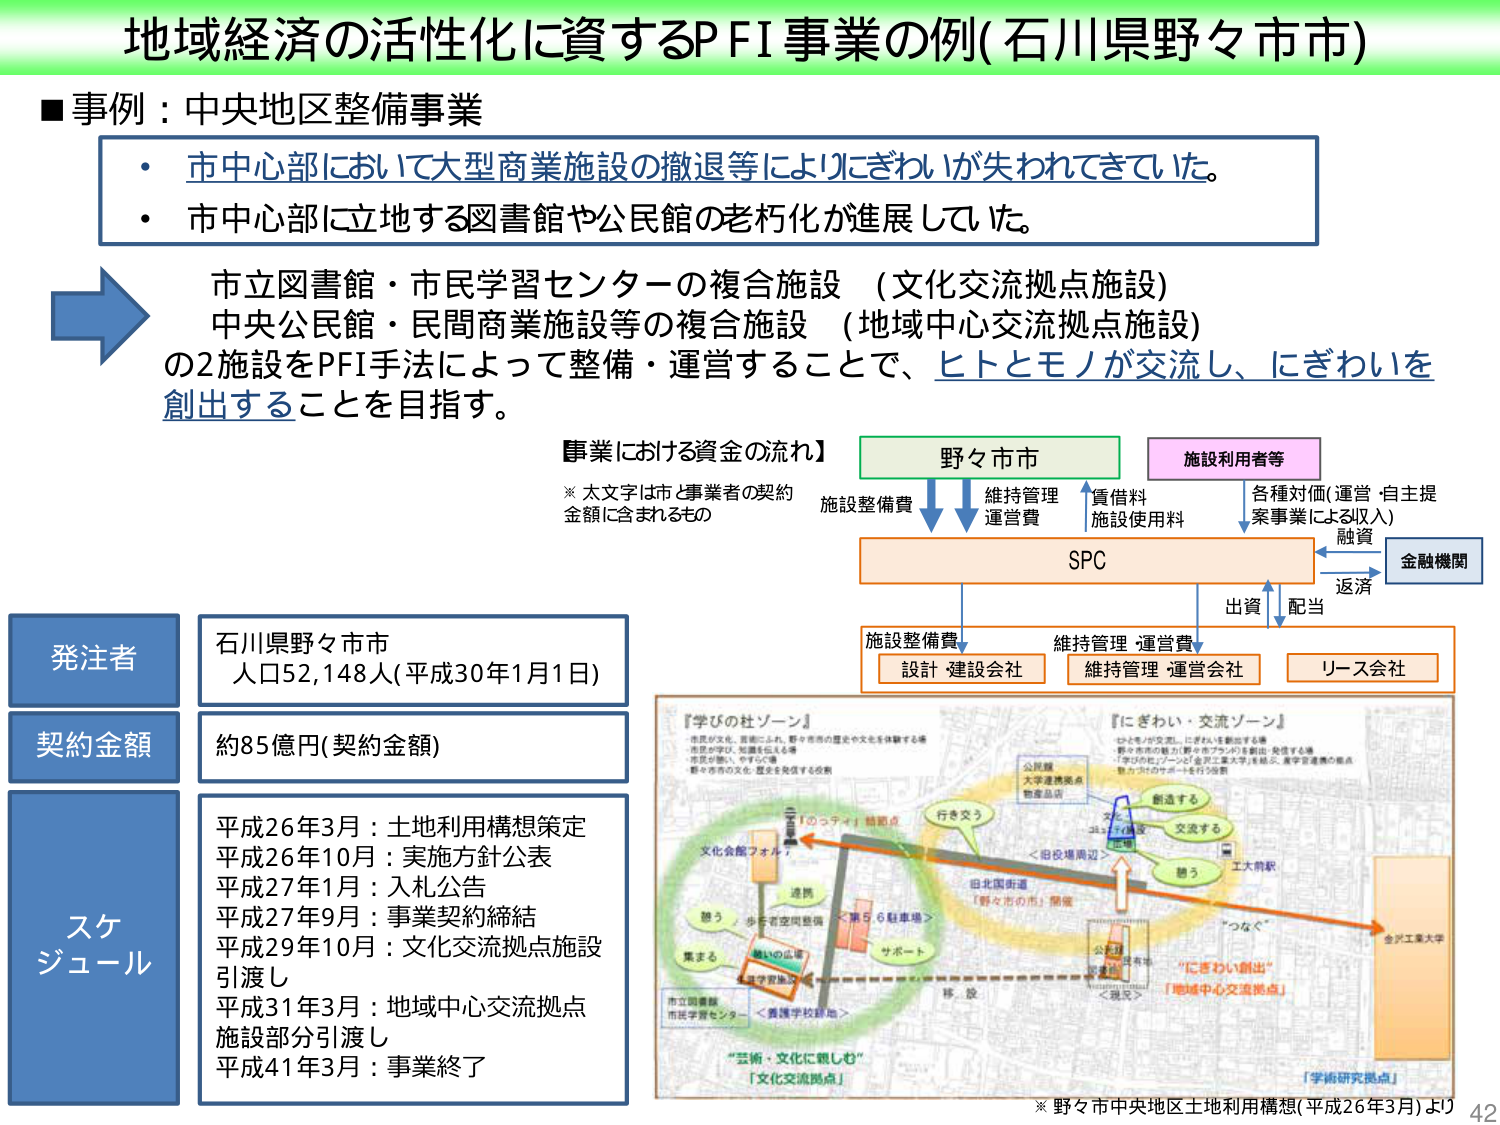
地域経済の活性化に資するPFI事業の例(石川県野々市市)

■事例：中央地区整備事業
・市中心部において大型商業施設の撤退等によりにぎわいが失われてきていた。
・市中心部に立地する図書館や公民館の老朽化が進展していた。

市立図書館・市民学習センターの複合施設（文化交流拠点施設）
中央公民館・民間商業施設等の複合施設（地域中心交流拠点施設）
の2施設をPFI手法によって整備・運営することで、ヒトとモノが交流し、にぎわいを創出することを目指す。

【事業における資金の流れ】
※太文字は市と事業者の契約金額に含まれるもの

野々市市
施設利用者等

施設整備費
維持管理運営費
賃借料
施設使用料
各種対価(運営・自主提案事業による収入)
融資
返済

SPC

金融機関

施設整備費
維持管理・運営費
出資
配当

設計・建設会社
維持管理・運営会社
リース会社

発注者
石川県野々市市
人口52,148人(平成30年1月1日)

契約金額
約85億円(契約金額)

スケジュール
平成26年3月：土地利用構想策定
平成26年10月：実施方針公表
平成27年1月：入札公告
平成27年9月：事業契約締結
平成29年10月：文化交流拠点施設引渡し
平成31年3月：地域中心交流拠点施設部分引渡し
平成41年3月：事業終了

『学びの杜ゾーン』
市民が文化・芸術にふれ、野々市市の歴史や文化を体験する場
市民が学び、知識を伝える場
市民が憩い、やすらぐ場
野々市市の文化・歴史を発信する役割

『にぎわい・交流ゾーン』
ヒトとモノが交流し、にぎわいを創出する場
・野々市市の魅力「野々市ブランド」を創出・発信する場
・「学びの杜ゾーン」と「金沢工業大学」を結ぶ、産学官連携の拠点
・魅力ある街の中心へとを行う役割

文化会館フォルム
行き交う
旧北国街道
「野々市市の市」開発
公民館
大学連携拠点
物産品店
交流する
工大前駅
創造する
つなぐ
サポー卜
移設
＜第5・6駐車場＞
＜旧役場周辺＞
＜養護学校跡地＞
市立図書館
市民学習センター
「芸術・文化に親しむ」
「文化交流拠点」
「にぎわい創出」
「地域中心交流拠点」
「学術研究拠点」
金沢工業大学

※野々市市中央地区土地利用構想(平成26年3月)より
42